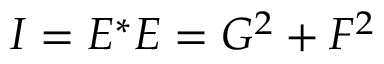
I = E ^ { \ast } E = G ^ { 2 } + F ^ { 2 }